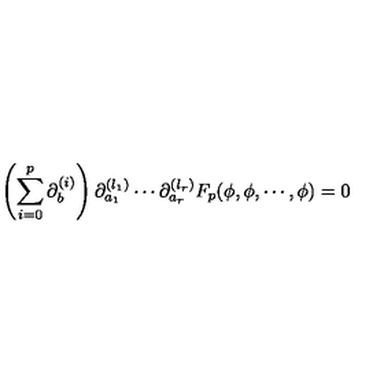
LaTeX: \left( \sum _ { i = 0 } ^ { p } \partial _ { b } ^ { ( i ) } \right) \partial _ { a _ { 1 } } ^ { ( l _ { 1 } ) } \cdots \partial _ { a _ { r } } ^ { ( l _ { r } ) } F _ { p } ( \phi , \phi , \cdots , \phi ) = 0